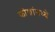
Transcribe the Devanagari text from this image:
कोशांमध्ये